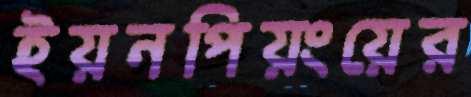
ইয়নপিয়ংয়ের